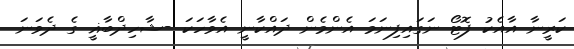
ކަރީނާ އާއެކު ފޮޓޯ ނަގައިފިނަމަ އެންމެން ދައްކާނީ އެވާހަކަ -ޝާހިދްބާޣީ ގެ ދެވަނަ